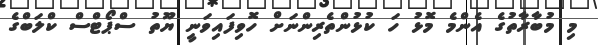
މި މުބާރާތުގެ އެންމެ މޮޅު ހަ ކުޅުންތެރިންނަށް ހޮވިފައިވަނީ ޔޫތު ސްޕޯޓްސް ކްލަބްގެ